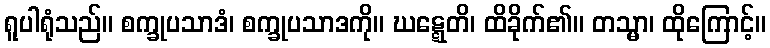
ရူပါရုံသည်။ စက္ခုပသာဒံ၊ စက္ခုပသာဒကို။ ဃဋ္ဋေတိ၊ ထိခိုက်၏။ တသ္မာ၊ ထိုကြောင့်။